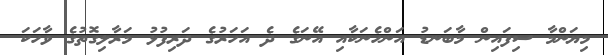
މިޔަންމާ ސިފައިން މާބަނޑު އަންހެނަކާއި އޭނަގެ ދެ އަހަރުގެ ދަރިފުޅު މަރާލިގޮތުގެ ވާހަކަ